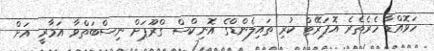
ހަވޮއްޑާ ހެރެތެރެ އޮޕަރޭޓް ކުރި ތައިލެންޑްގެ އޮނިކްސް ގްރޫޕަށް ނިސްބަތްވާ އަމާރީ އަށް